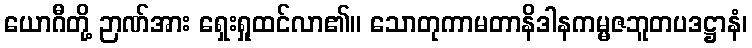
ယောဂီတို့ ဉာဏ်အား ရှေးရှုထင်လာ၏။ သောတုကာမတာနိဒါနကမ္မဇဘူတပဒဋ္ဌာနံ၊